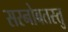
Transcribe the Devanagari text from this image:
सरनोबतस्तु